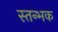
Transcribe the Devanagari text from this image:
स्तन्भक